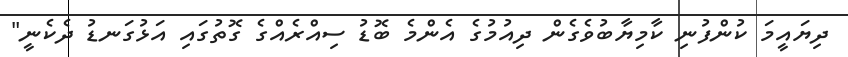
ދިޔައީމަ ކުންފުނި ކާމިޔާބުވެގެން ދިއުމުގެ އެންމެ ބޮޑު ސިއްރެއްގެ ގޮތުގައި އަޅުގަނޑު ދެކެނީ"